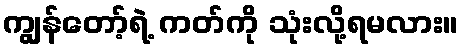
ကျွန်တော့်ရဲ့ ကတ်ကို သုံးလို့ရမလား။